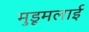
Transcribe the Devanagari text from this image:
मुडूमलाई